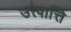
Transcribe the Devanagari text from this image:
उत्त्पात्ति